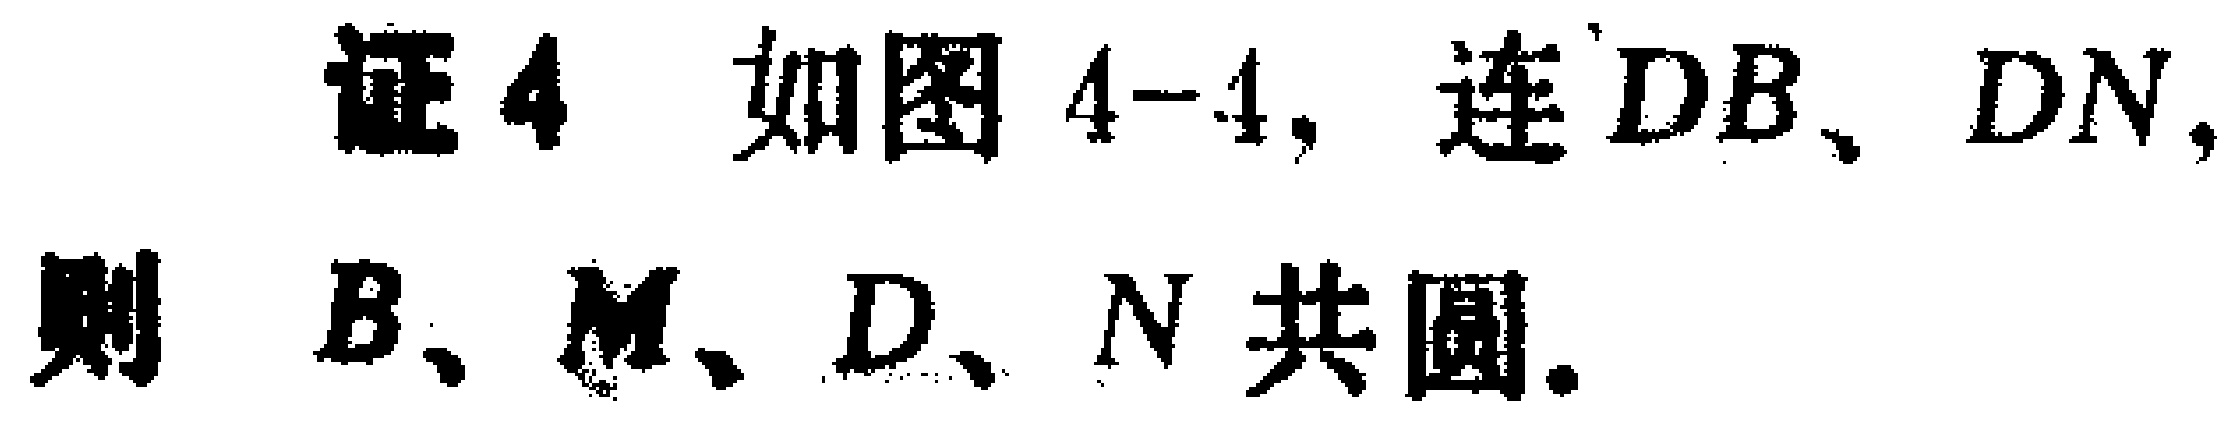
证4 如图4-4, 连\(DB\)、\(DN\), 则 \(B\)、\(M\)、\(D\)、\(N\) 共圆.